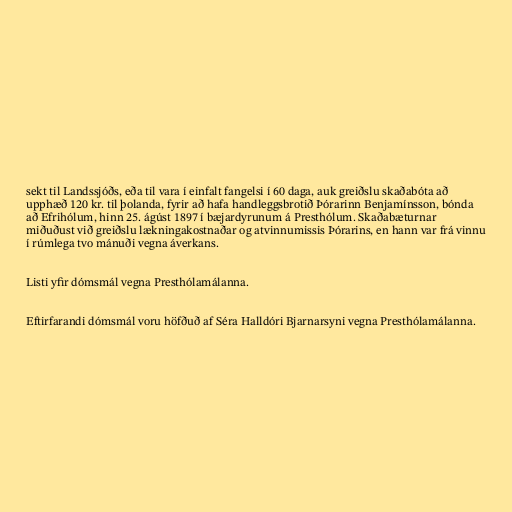
sekt til Landssjóðs, eða til vara í einfalt fangelsi í 60 daga, auk greiðslu skaðabóta að
upphæð 120 kr. til þolanda, fyrir að hafa handleggsbrotið Þórarinn Benjamínsson, bónda
að Efrihólum, hinn 25. ágúst 1897 í bæjardyrunum á Presthólum. Skaðabæturnar
miðuðust við greiðslu lækningakostnaðar og atvinnumissis Þórarins, en hann var frá vinnu
í rúmlega tvo mánuði vegna áverkans.

Listi yfir dómsmál vegna Presthólamálanna.

Eftirfarandi dómsmál voru höfðuð af Séra Halldóri Bjarnarsyni vegna Presthólamálanna.